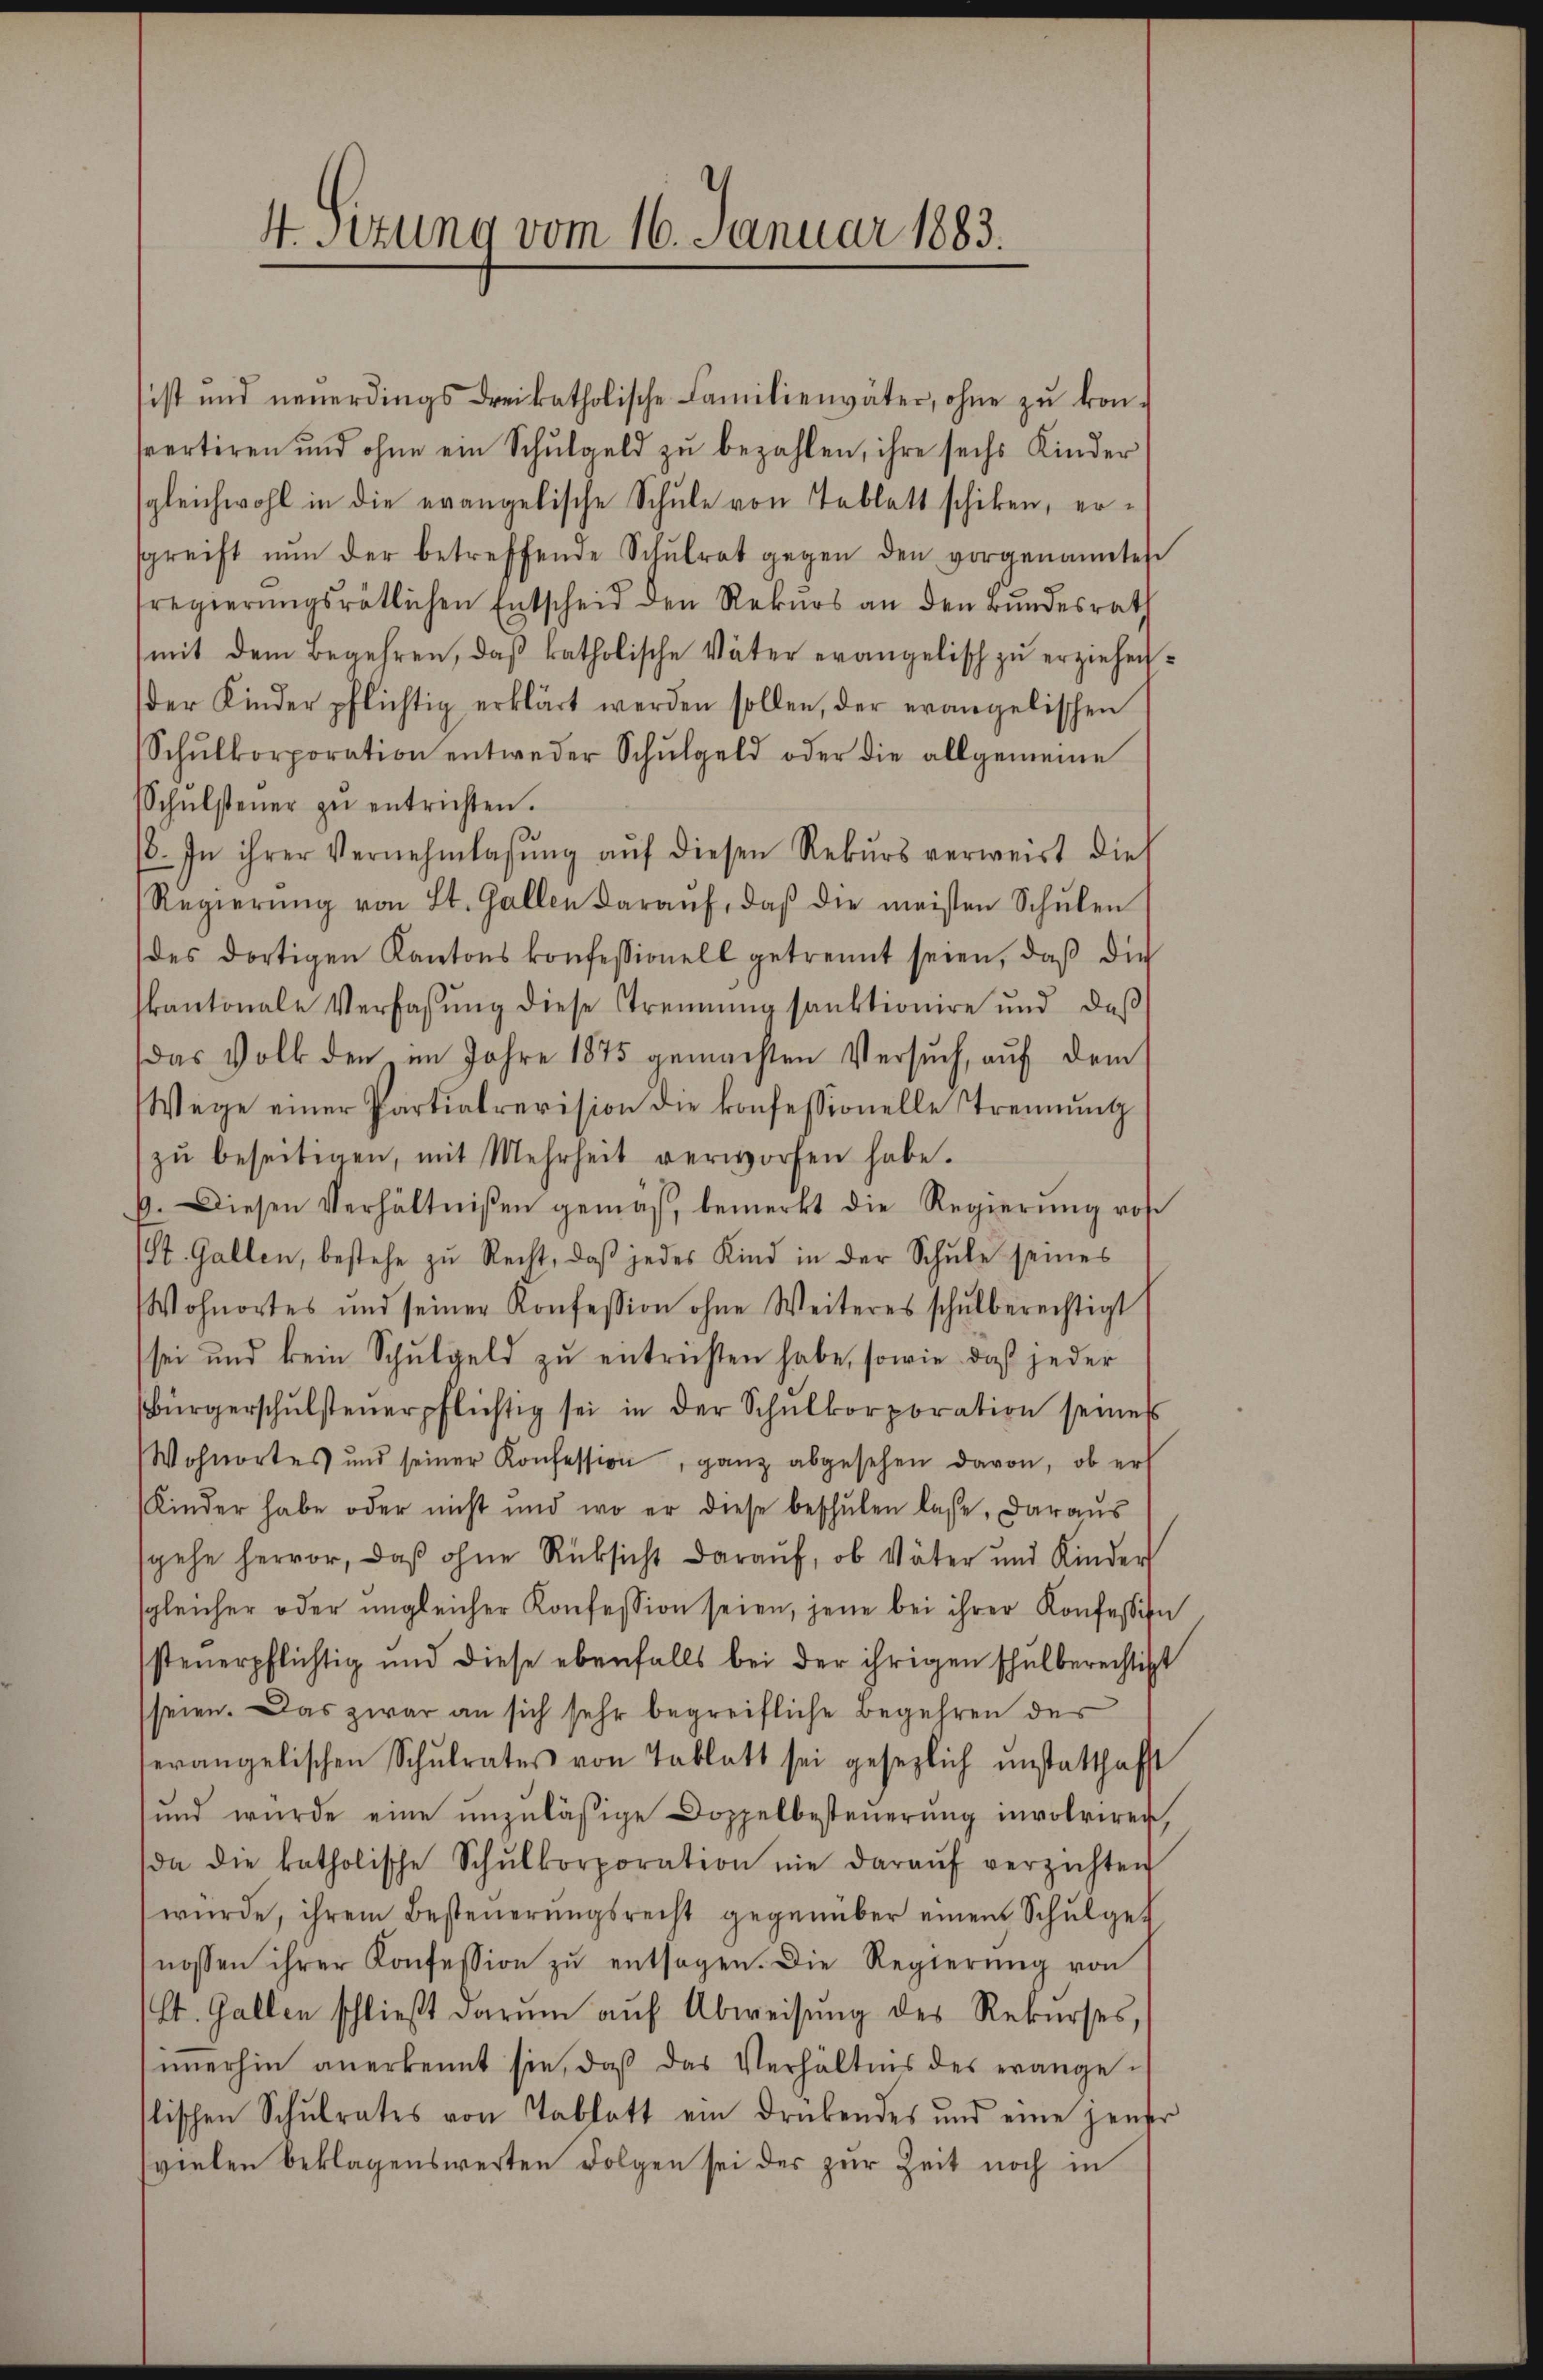
4. Sitzung vom 16. Januar 1883.

sist und neŭerdings drei katholische Familienväter, ohne zŭ kon-
vertiren und ohne ein Schŭlgeld zŭ bezahlen, ihre sechs Kinder
gleichwohl in die evangelische Schule von Tablatt schiken, er-
sgreift nŭn der betreffende Schŭlrat gegen den vorgenanntes
sregierŭngsrätlichen Entscheid den Rekŭrs an den Bŭndesrath
mit dem Begehren, daß katholische Väter evangelisch zu erziehender Kinder pflichtig erklärt werden sollen, der evangelischen
Schŭlkorporation entweder Schŭlgeld oder die allgemeine
Schŭlsteuer zŭ entrichten.
6. In ihrer Vernehmlassŭng aŭf diesen Rekŭrs verweist die
Regierŭng von St. Gallen daraŭf, daβ die meisten Schŭlen
des dortigen Kantons konfessionell getrennt seien, daβ die
kantonale Verfassŭng diese Trennung sanktionire und daß
das Volk den im Jahre 1875 gemachten Versuch, auf dem
Wege einer Partialrevision die konfessionelle Trennung
zŭ beseitigen, mit Mehrheit verworfen habe.
9. Diesen Verhältnißen gemäß, bemerkt die Regierŭng vo
St. Gallen, bestehe zu Recht, daβ jedes Kind in der Schŭle seines
Wohnortes und seiner Konfession ohne Weiteres schŭlberechtigt
sei und kein Schulgeld zu entrichten habe, sowie daß jeder
Bürgerschŭlsteuerpflichtig sei in der Schŭlkorporation seines
Wohnortes und seiner Konfession, ganz abgesehen davon, ob er
Kinder habe oder nicht und wo er diese beschŭlen lase, daraŭs
sgehe hervor, daß ohne Rüksicht darauf, ob Väter und Kinders
sgleicher oder ungleicher Konfession seien, jene bei ihrer Konfession
steuerpflichtig und diese ebenfalls bei der ihrigen schulberechtigt
seien. Das zwar an sich sehr begreifliche Begehren des
erangelischen Schŭlrates von Tablatt sei gesezlich instatthafft
und würde eine unzuläßige Doppelbesteŭerŭng involviren,
(da die katholische Schŭlkorporation nie daraŭf verzichten
wŭrde, ihrem Besteŭerŭngsrecht gegenüber einem Schŭlge-
nossen ihrer Konfession zŭ entsagen. Die Regierŭng von
st. Gallen schlieβt darum auf Abweisung des Rekŭrses,
iṁerhin anerkennt sie, daβ das Verhältnis des evangelischen Schŭlrates von Tablatt ein drükendes und eine jener
vielen beklagenswerten Folgen sei der zur Zeit noch in